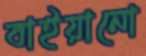
বাইয়ানো